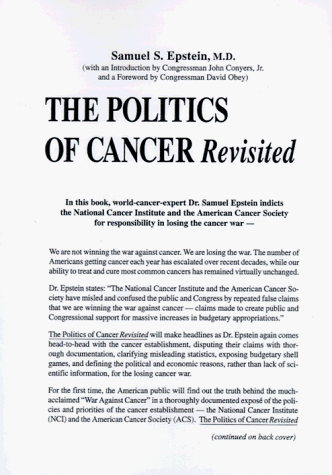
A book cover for The Politics of Cancer Revisited; Samuel S. Epstein; Health, Fitness & Dieting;